Madras plague regulations and rules - Volume 2
Disease focus: Plague
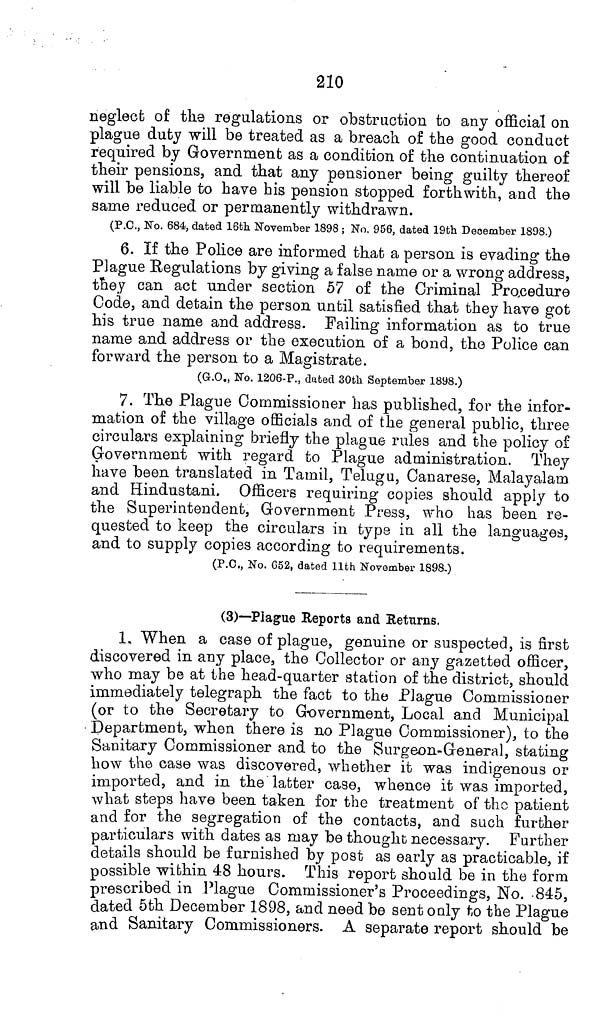
210
neglect of the regulations or obstruction to any official on
plague duty will be treated as a breach of the good conduct
required by Government as a condition of the continuation of
their pensions, and that any pensioner being guilty thereof
will be liable to have his pension stopped forthwith, and the
same reduced or permanently withdrawn.
(P.C., No. 684, dated 16th November 1898; No. 956, dated 19th December 1898.)
6. If the Police are informed that a person is evading the
Plague Regulations by giving a false name or a wrong address,
they can act under section 57 of the Criminal Procedure
Code, and detain the person until satisfied that they have got
his true name and address. Failing information as to true
name and address or the execution of a bond, the Police can
forward the person to a Magistrate.
(G.O., No. 1206-P., dated 30th September 1898.)
7. The Plague Commissioner has published, for the infor-
mation of the village officials and of the general public, three
circulars explaining briefly the plague rules and the policy of
Government with regard to Plague administration. They
have been translated in Tamil, Telugu, Canarese, Malayalam
and Hindustani. Officers requiring copies should apply to
the Superintendent, Government Press, who has been re-
quested to keep the circulars in type in all the languages,
and to supply copies according to requirements.
(P.C., No. G52, dated 11th November 1898.)
(3)—Plague Reports and Returns.
1. When a case of plague, genuine or suspected, is first
discovered in any place, the Collector or any gazetted officer,
who may be at the head-quarter station of the district, should
immediately telegraph the fact to the Plague Commissioner
(or to the Secretary to Government, Local and Municipal
Department, when there is no Plague Commissioner), to the
Sanitary Commissioner and to the Surgeon-General, stating
how the case was discovered, whether it was indigenous or
imported, and in the latter case, whence it was imported,
what steps have been taken for the treatment of the patient
and for the segregation of the contacts, and such further
particulars with dates as may be thought necessary. Further
details should be furnished by post as early as practicable, if
possible within 48 hours. This report should be in the form
prescribed in Plague Commissioner's Proceedings, No. -845,
dated 5th December 1898, and need be sent only to the Plague
and Sanitary Commissioners. A separate report should be